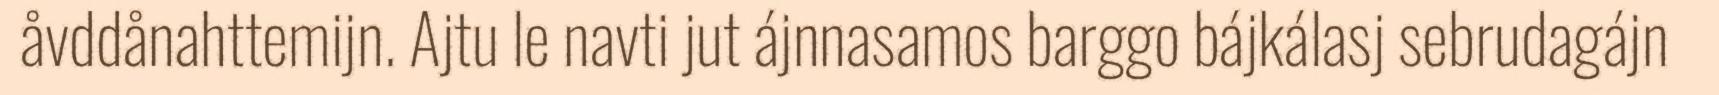
åvddånahttemijn. Ajtu le navti jut ájnnasamos barggo bájkálasj sebrudagájn